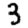
Digit: 3